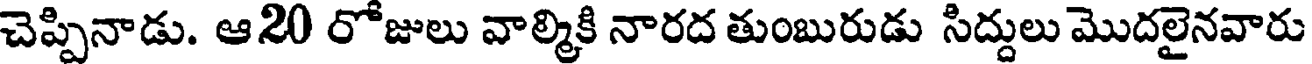
చెప్పినాడు. ఆ20 రోజులు వాల్మికి నారద తుంబురుడు సిద్దులు మొదలైనవారు